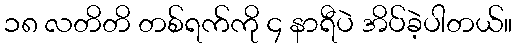
၁၈ လတိတိ တစ်ရက်ကို ၄ နာရီပဲ အိပ်ခဲ့ပါတယ်။